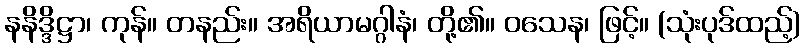
နနိဒ္ဒိဋ္ဌာ၊ ကုန်။ တနည်း။ အရိယာမဂ္ဂါနံ၊ တို့၏။ ဝသေန၊ ဖြင့်။ (သုံးပုဒ်ထည့်)